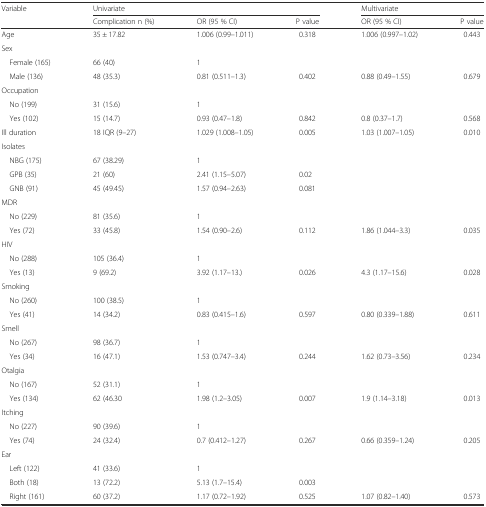
<table><thead><tr><td><b>Variable</b></td><td colspan="3"><b>Univariate</b></td><td colspan="2"><b>Multivariate</b></td></tr><tr><td></td><td><b>Complication n (%)</b></td><td><b>OR (95 % CI)</b></td><td><b>P value</b></td><td><b>OR (95 % CI)</b></td><td><b>P value</b></td></tr></thead><tbody><tr><td>Age</td><td>35 ± 17.82</td><td>1.006 (0.99–1.011)</td><td>0.318</td><td>1.006 (0.997–1.02)</td><td>0.443</td></tr><tr><td>Sex</td><td></td><td></td><td></td><td></td><td></td></tr><tr><td> Female (165)</td><td>66 (40)</td><td>1</td><td></td><td></td><td></td></tr><tr><td> Male (136)</td><td>48 (35.3)</td><td>0.81 (0.511–1.3)</td><td>0.402</td><td>0.88 (0.49–1.55)</td><td>0.679</td></tr><tr><td>Occupation</td><td></td><td></td><td></td><td></td><td></td></tr><tr><td> No (199)</td><td>31 (15.6)</td><td>1</td><td></td><td></td><td></td></tr><tr><td> Yes (102)</td><td>15 (14.7)</td><td>0.93 (0.47–1.8)</td><td>0.842</td><td>0.8 (0.37–1.7)</td><td>0.568</td></tr><tr><td>Ill duration</td><td>18 IQR (9–27)</td><td>1.029 (1.008–1.05)</td><td>0.005</td><td>1.03 (1.007–1.05)</td><td>0.010</td></tr><tr><td>Isolates</td><td></td><td></td><td></td><td></td><td></td></tr><tr><td> NBG (175)</td><td>67 (38.29)</td><td>1</td><td></td><td></td><td></td></tr><tr><td> GPB (35)</td><td>21 (60)</td><td>2.41 (1.15–5.07)</td><td>0.02</td><td></td><td></td></tr><tr><td> GNB (91)</td><td>45 (49.45)</td><td>1.57 (0.94–2.63)</td><td>0.081</td><td></td><td></td></tr><tr><td>MDR</td><td></td><td></td><td></td><td></td><td></td></tr><tr><td> No (229)</td><td>81 (35.6)</td><td>1</td><td></td><td></td><td></td></tr><tr><td> Yes (72)</td><td>33 (45.8)</td><td>1.54 (0.90–2.6)</td><td>0.112</td><td>1.86 (1.044–3.3)</td><td>0.035</td></tr><tr><td>HIV</td><td></td><td></td><td></td><td></td><td></td></tr><tr><td> No (288)</td><td>105 (36.4)</td><td>1</td><td></td><td></td><td></td></tr><tr><td> Yes (13)</td><td>9 (69.2)</td><td>3.92 (1.17–13.)</td><td>0.026</td><td>4.3 (1.17–15.6)</td><td>0.028</td></tr><tr><td>Smoking</td><td></td><td></td><td></td><td></td><td></td></tr><tr><td> No (260)</td><td>100 (38.5)</td><td>1</td><td></td><td></td><td></td></tr><tr><td> Yes (41)</td><td>14 (34.2)</td><td>0.83 (0.415–1.6)</td><td>0.597</td><td>0.80 (0.339–1.88)</td><td>0.611</td></tr><tr><td>Smell</td><td></td><td></td><td></td><td></td><td></td></tr><tr><td> No (267)</td><td>98 (36.7)</td><td>1</td><td></td><td></td><td></td></tr><tr><td> Yes (34)</td><td>16 (47.1)</td><td>1.53 (0.747–3.4)</td><td>0.244</td><td>1.62 (0.73–3.56)</td><td>0.234</td></tr><tr><td>Otalgia</td><td></td><td></td><td></td><td></td><td></td></tr><tr><td> No (167)</td><td>52 (31.1)</td><td>1</td><td></td><td></td><td></td></tr><tr><td> Yes (134)</td><td>62 (46.30</td><td>1.98 (1.2–3.05)</td><td>0.007</td><td>1.9 (1.14–3.18)</td><td>0.013</td></tr><tr><td>Itching</td><td></td><td></td><td></td><td></td><td></td></tr><tr><td> No (227)</td><td>90 (39.6)</td><td>1</td><td></td><td></td><td></td></tr><tr><td> Yes (74)</td><td>24 (32.4)</td><td>0.7 (0.412–1.27)</td><td>0.267</td><td>0.66 (0.359–1.24)</td><td>0.205</td></tr><tr><td>Ear</td><td></td><td></td><td></td><td></td><td></td></tr><tr><td> Left (122)</td><td>41 (33.6)</td><td>1</td><td></td><td></td><td></td></tr><tr><td> Both (18)</td><td>13 (72.2)</td><td>5.13 (1.7–15.4)</td><td>0.003</td><td></td><td></td></tr><tr><td> Right (161)</td><td>60 (37.2)</td><td>1.17 (0.72–1.92)</td><td>0.525</td><td>1.07 (0.82–1.40)</td><td>0.573</td></tr></tbody></table>